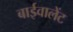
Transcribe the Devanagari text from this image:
बाईवालेंट